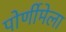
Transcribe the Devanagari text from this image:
पोर्णीमेला